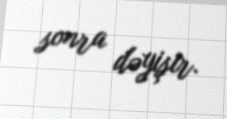
sonra dəyişir.